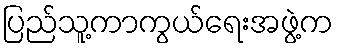
ပြည်သူ့ကာကွယ်ရေးအဖွဲ့က